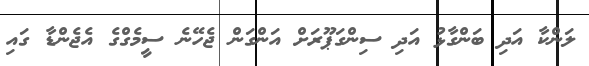
ލަންކާ އަދި ބަންގާޅު އަދި ސިންގަޕޫރަށް އަންގަން ޖެހޭނެ ސީމެގްގެ އެޖެންޑާ ގައި